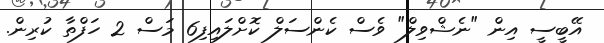
އޭބީސީ އިން "ނެޝްވިލް" ވެސް ކެންސަލް ކޮށްލައިފި6 މަސް 2 ހަފްތާ ކުރިން.